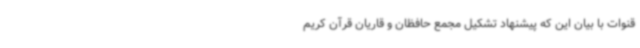
قنوات با بیان این که پیشنهاد تشکیل مجمع حافظان و قاریان قرآن کریم